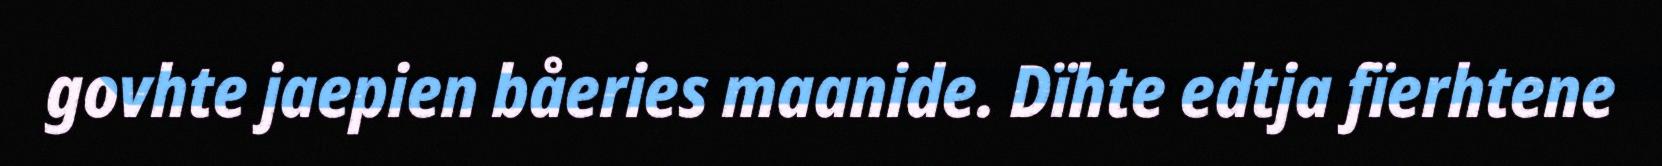
govhte jaepien båeries maanide. Dïhte edtja fïerhtene